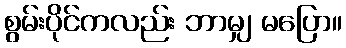
စွမ်းပိုင်ကလည်း ဘာမျှ မပြော။